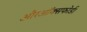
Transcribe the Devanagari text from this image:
औरऑक्सफोर्ड।